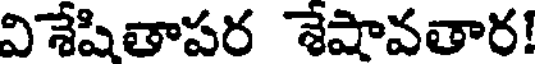
విశేషితాపర శేషావతార!